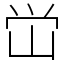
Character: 峃